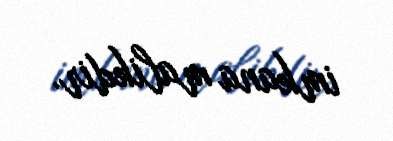
imkana malikdir.